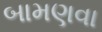
બામણવા